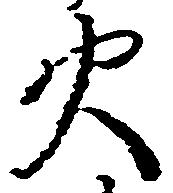
火